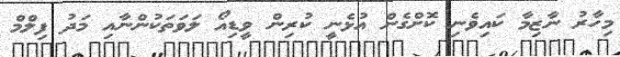
މިހާރު ނާޒިމާ ކައިވެނި ކޮށްގެން އުޅެނީ ކުރިން ވީޑިއޯ ލަވަތަކުންނާއި މަދު ފިލްމް